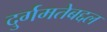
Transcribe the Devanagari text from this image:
दुर्गमतेबद्दल